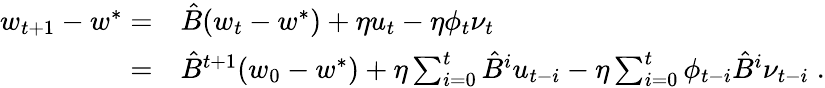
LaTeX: \begin{array}{rl}{w_{t+1}-w^{*}=}&{\hat{B}(w_{t}-w^{*})+\eta u_{t}-\eta\phi_{t}\nu_{t}\; }\\ {=}&{\hat{B}^{t+1}(w_{0}-w^{*})+\eta\sum_{i=0}^{t}\hat{B}^{i}u_{t-i}-\eta\sum_{i=0}^{t}\phi_{t-i}\hat{B}^{i}\nu_{t-i}\; .}\end{array}